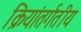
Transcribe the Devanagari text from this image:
क्रियांतर्गतीय